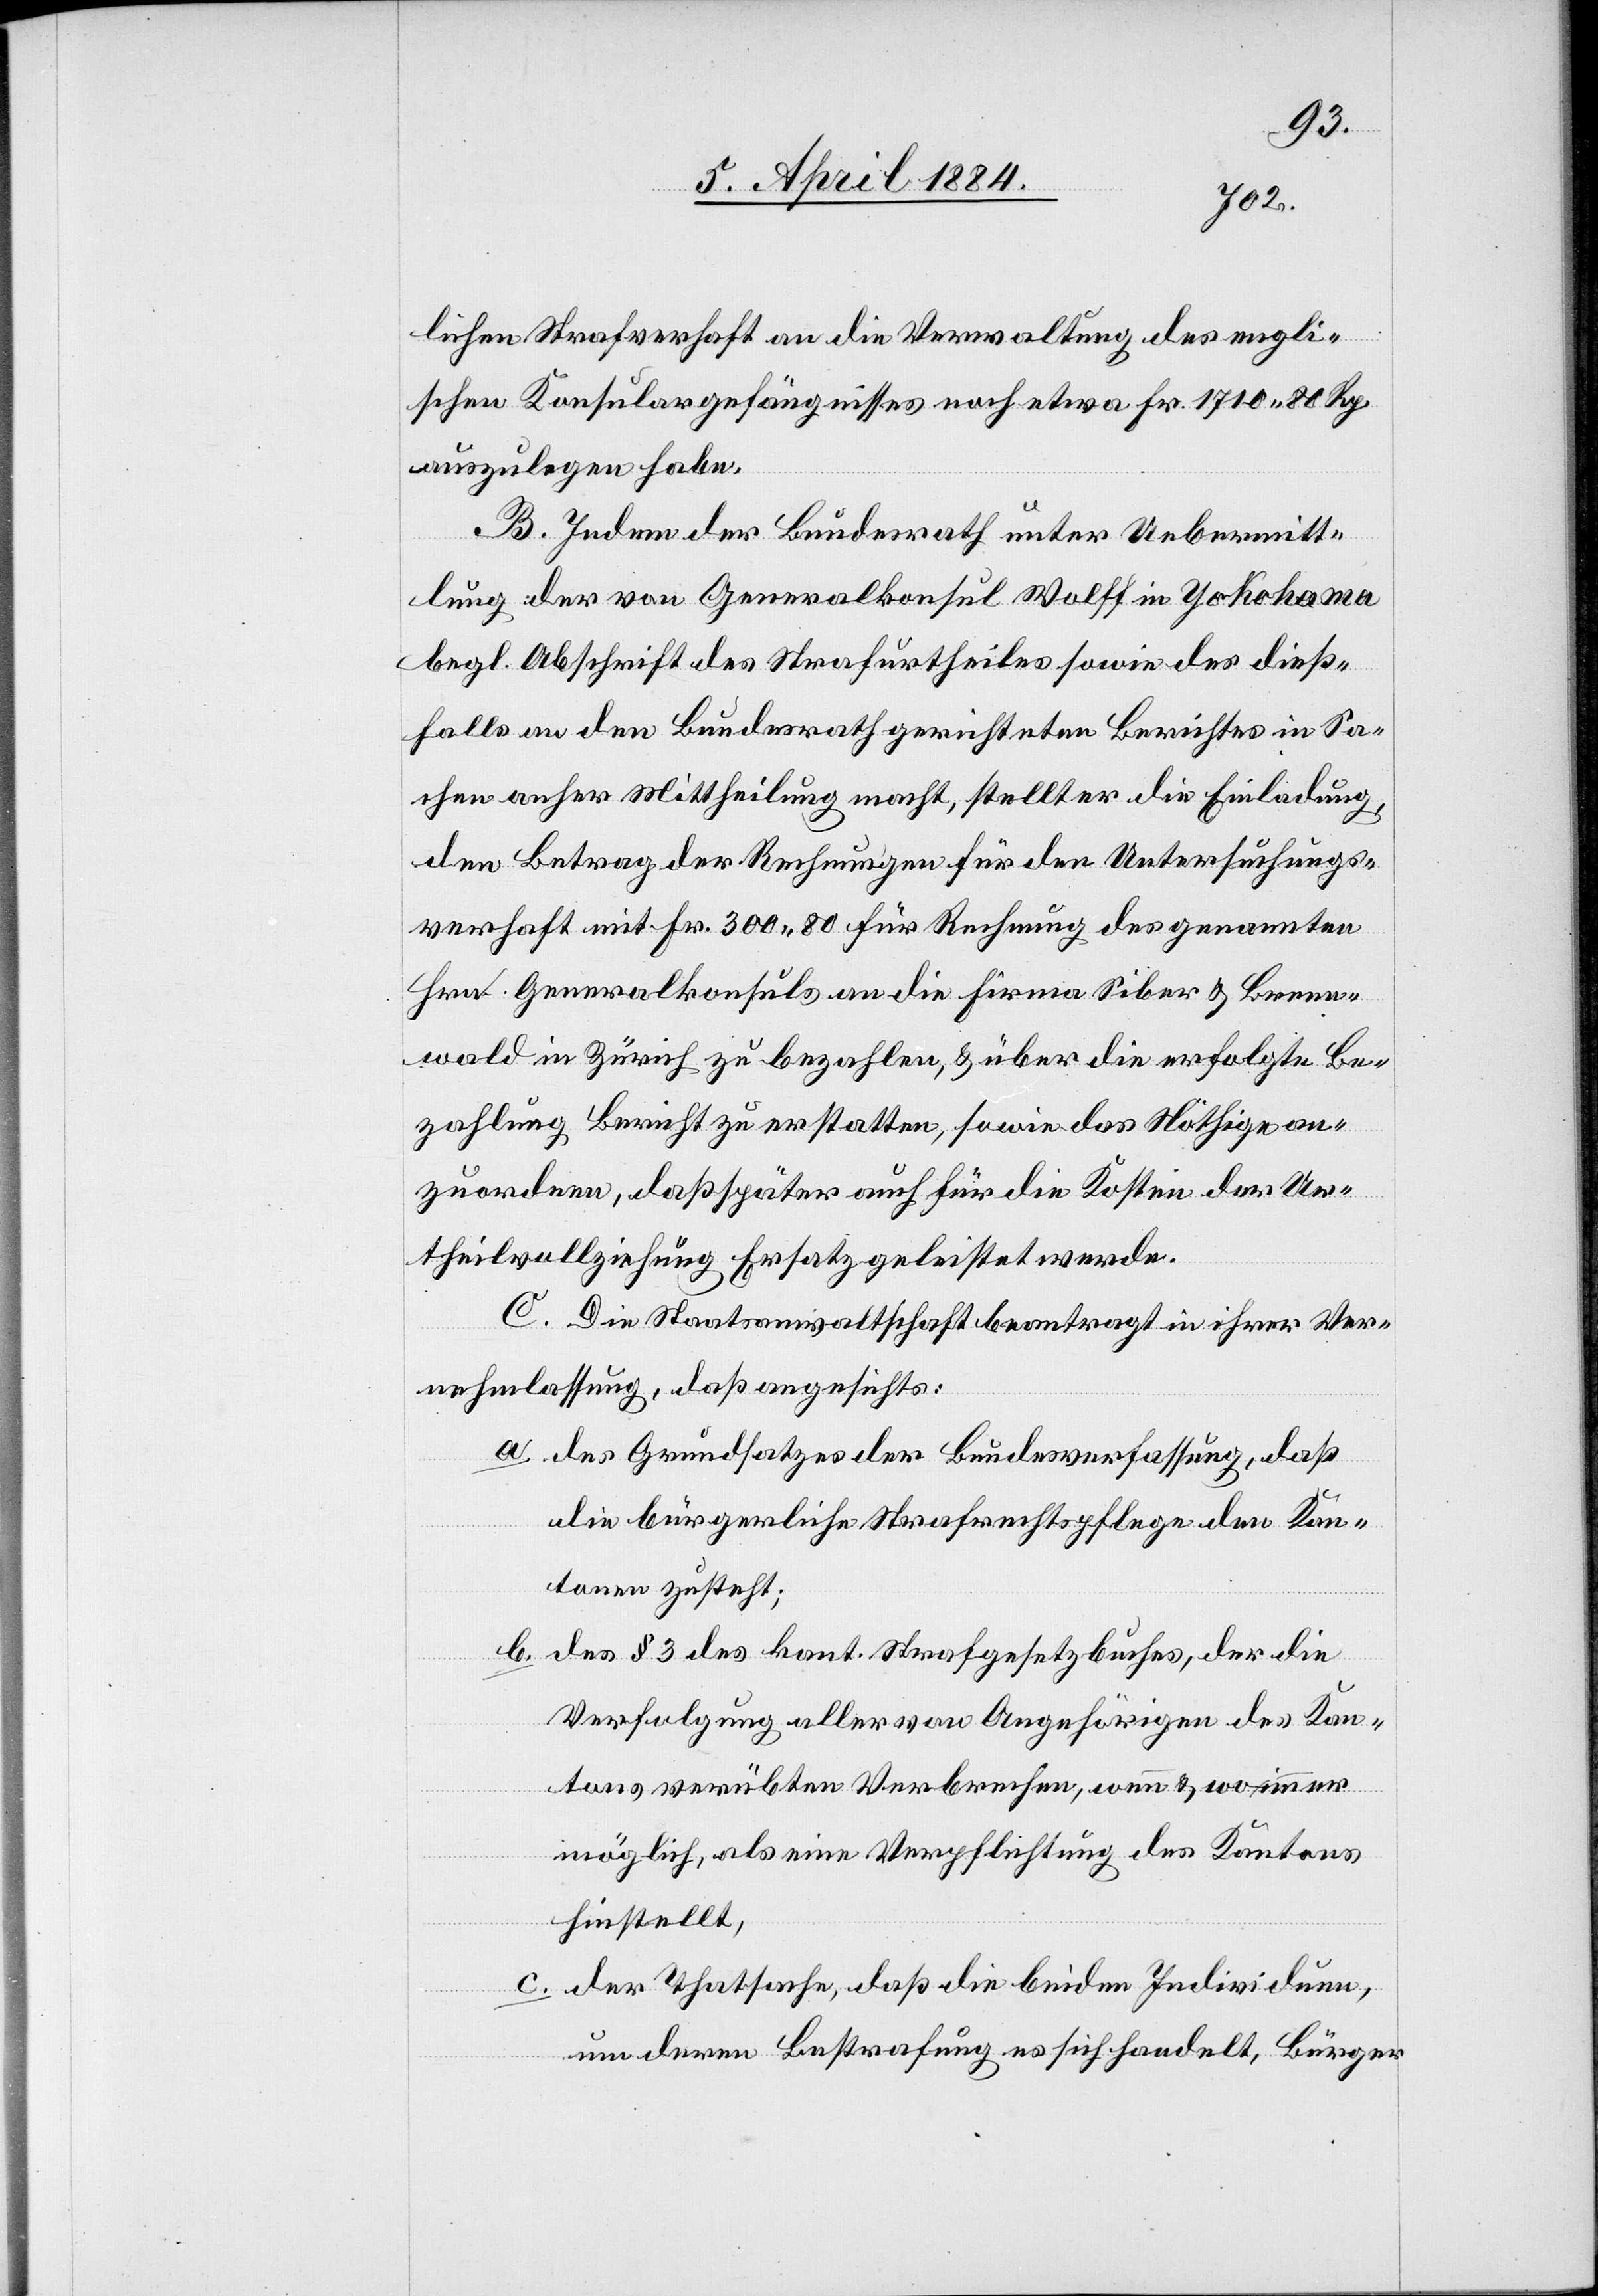
lichen Strafverhaft an die Verwaltung des engli¬
schen Konsulargefängnisses noch etwa Fr. 1710 80 Rp.
auszulegen habe.
B. Indem der Bundesrath unter Uebermitt¬
lung der von Generalkonsul Wolff in Yokohama
begl. Abschrift des Strafurtheiles sowie des dieß¬
falls an den Bundesrath gerichteten Berichtes in Sa¬
chen anher Mittheilung macht, stellt er die Einladung,
den Betrag der Rechnungen für den Untersuchungs¬
verhaft mit Fr. 300 80 für Rechnung des genannten
Hrn. Generalkonsuls an die Firma Siber & Brenn¬
wald in Zürich zu bezahlen, & über die erfolgte Be¬
zahlung Bericht zu erstatten, sowie das Nöthige an¬
zuordnen, daß später auch für die Kosten der Ur¬
theil[s]vollziehung Ersatz geleistet werde.
C. Die Staatsanwaltschaft beantragt in ihrer Ver¬
nehmlassung, daß angesichts:
a. des Grundsatzes der Bundesverfassung, daß
die bürgerliche Strafrechtspflege den Kan¬
tonen zusteht;
b. des § 3 des kant. Strafgesetzbuches, der die
Verfolgung aller von Angehörigen des Kan¬
tons verübten Verbrechen, wenn & wo immer
möglich, als eine Verpflichtung des Kantons
hinstellt,
c. der Thatsache, daß die beiden Individuen,
um deren Bestrafung es sich handelt, Bürger